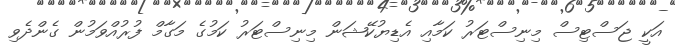
އަކީ ޖަސްޓިސް މިނިސްޓަރު ކަމާއި އެޑިޔުކޭޝަން މިނިސްޓަރު ކަމުގެ މަގާމް ފުރުއްވަމުން ގެންދެވި